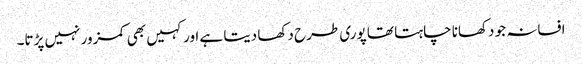
افسانہ جو دکھانا چاہتا تھا پوری طرح دکھا دیتا ہے اور کہیں بھی کمزور نہیں پڑتا۔